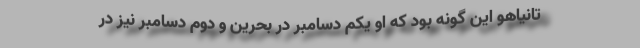
تانیاهو این گونه بود که او یکم دسامبر در بحرین و دوم دسامبر نیز در